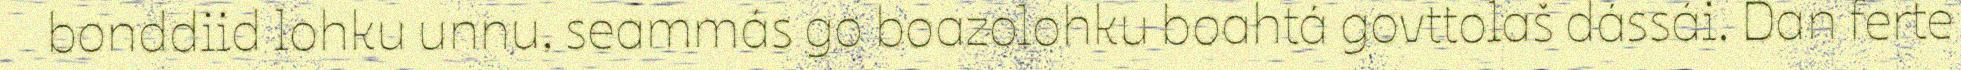
bonddiid lohku unnu, seammás go boazolohku boahtá govttolaš dássái. Dan ferte